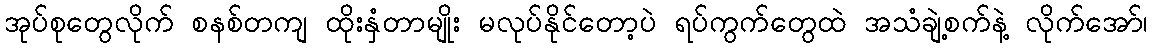
အုပ်စုတွေလိုက် စနစ်တကျ ထိုးနှံတာမျိုး မလုပ်နိုင်တော့ပဲ ရပ်ကွက်တွေထဲ အသံချဲ့စက်နဲ့ လိုက်အော်၊